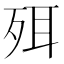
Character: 𣧹